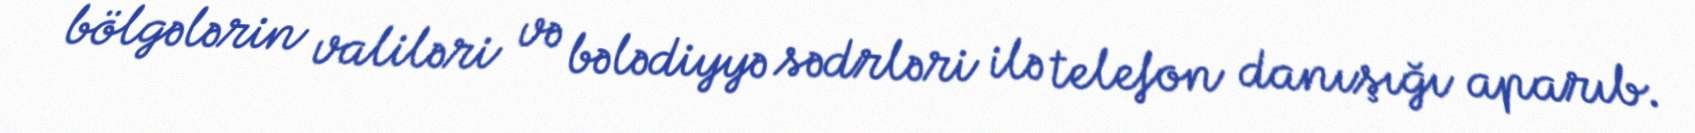
bölgələrin valiləri və bələdiyyə sədrləri ilə telefon danışığı aparıb.